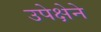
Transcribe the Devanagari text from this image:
उपेक्षेने